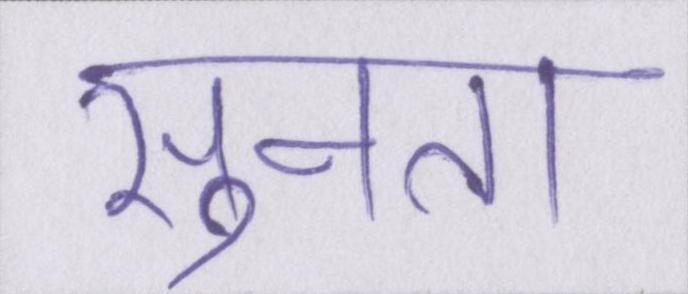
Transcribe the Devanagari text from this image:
सुनता